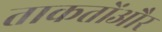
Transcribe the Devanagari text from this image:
ताकतोंऔर